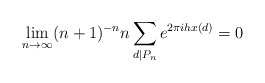
\begin{align*}\lim_{n \to \infty} (n+1)^{-n}n\sum_{d|P_n} e^{2\pi i h x(d)} = 0 \end{align*}